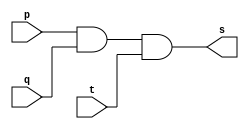
// ------------------------- 
// Exemplo0013 - AND 
// Nome: Andr Henriques Fernandes 
// ------------------------- 
 
// ------------------------- 
// -- and gate 
// ------------------------- 
module andgate ( output s, input  p, input  q, input t); 
 
 assign s = (p & q) & t;
  
endmodule // andgate 
 
// --------------------- 
// -- test and gate 
// --------------------- 
module testandgate; 
// ------------------------- dados locais 
   reg   a, b, c; // definir registradores 
   wire  s;    // definir conexao (fio) 
// ------------------------- instancia 
   andgate AND1 (s, a, b, c); 
// ------------------------- preparacao 
   initial begin:start 
                   // atribuicao simultanea 
                   // dos valores iniciais 
      a=0; b=0; c=0;
   end 
  
// ------------------------- parte principal 
 
   initial begin 
      $display("Exemplo0013 - Andre Henriques Fernandes - 427386"); 
      $display("Test AND gate"); 
      $display("\na & b & c = s\n");
		$monitor("%b & %b & %b = %b", a, b, c, s); 
      a=0; b=0; c=0;
  #1  a=0; b=0; c=1;
  #1  a=0; b=1; c=0;
  #1  a=0; b=1; c=1;
  #1  a=1; b=0; c=0;
  #1  a=1; b=0; c=1;
  #1  a=1; b=1; c=0;
  #1  a=1; b=1; c=1;
 end 
 
endmodule // testandgate